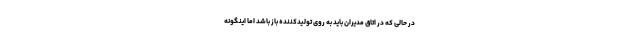
در حالی که در اتاق مدیران باید به روی تولیدکننده باز باشد اما اینگونه